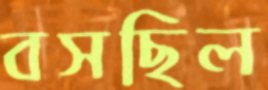
বসছিল